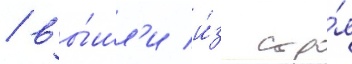
/ вы́шл'и и́з стро́я